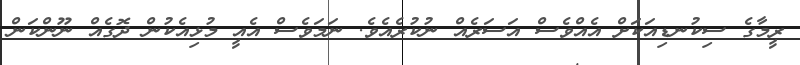
ރީމާގެ ސިކުނޑިއަކަށް އެއްވެސް އަސަރެއް ނުކުރެއެވެ. ނަމަވެސް އެއީ މުޅިއެކުން ދޮގެއް ނޫންކަން